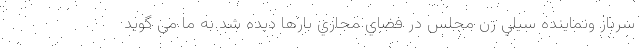
سرباز ونماينده سيلي زن مجلس در فضاي مجازي بارها ديده شد به ما می گوید